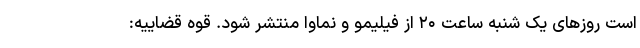
است روزهای یک شنبه ساعت ۲۰ از فیلیمو و نماوا منتشر شود. قوه قضاییه: